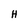
Character: H